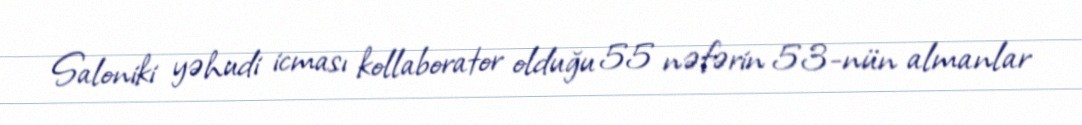
Saloniki yəhudi icması kollaborator olduğu 55 nəfərin 53-nün almanlar